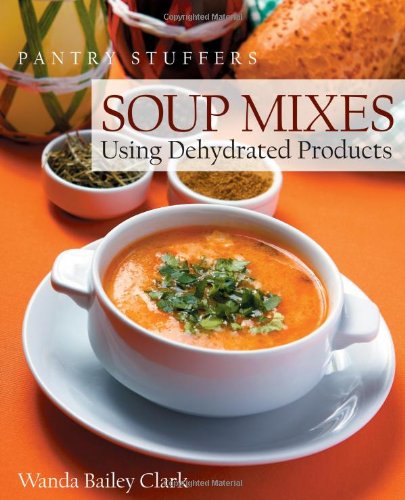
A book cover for Pantry Stuffers Soup Mixes: Using Dehydrated Products; Wanda Bailey Clark; Cookbooks, Food & Wine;